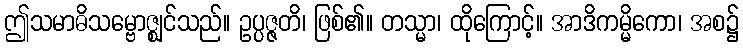
ဤသမာဓိသမ္ဗောဇ္ဈင်သည်။ ဥပ္ပဇ္ဇတိ၊ ဖြစ်၏။ တသ္မာ၊ ထိုကြောင့်။ အာဒိကမ္မိကော၊ အစ၌